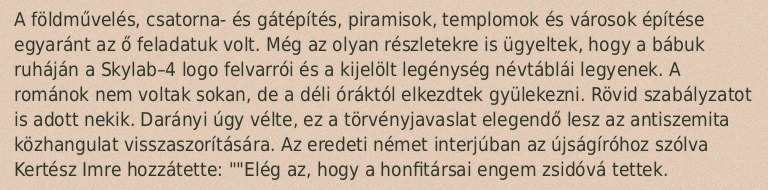
A földművelés, csatorna- és gátépítés, piramisok, templomok és városok építése egyaránt az ő feladatuk volt. Még az olyan részletekre is ügyeltek, hogy a bábuk ruháján a Skylab–4 logo felvarrói és a kijelölt legénység névtáblái legyenek. A románok nem voltak sokan, de a déli óráktól elkezdtek gyülekezni. Rövid szabályzatot is adott nekik. Darányi úgy vélte, ez a törvényjavaslat elegendő lesz az antiszemita közhangulat visszaszorítására. Az eredeti német interjúban az újságíróhoz szólva Kertész Imre hozzátette: ""Elég az, hogy a honfitársai engem zsidóvá tettek.